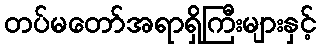
တပ်မတော်အရာရှိကြီးများနှင့်